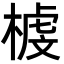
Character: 榩